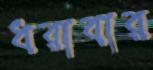
ধরাবার